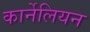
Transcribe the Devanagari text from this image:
कार्नेलियन